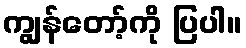
ကျွန်တော့်ကို ပြပါ။